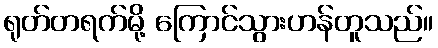
ရုတ်တရက်မို့ ကြောင်သွားဟန်တူသည်။